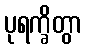
ပုရက္ခိတွာ